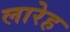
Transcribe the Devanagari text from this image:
लारेह